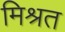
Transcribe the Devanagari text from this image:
मिश्रत